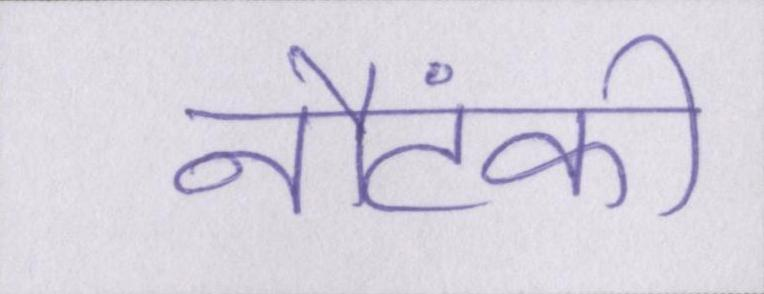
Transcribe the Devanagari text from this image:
नौटंकी